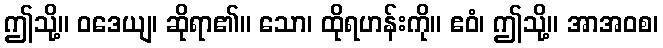
ဤသို့။ ဝဒေယျ၊ ဆိုရာ၏။ သော၊ ထိုရဟန်းကို။ ဧဝံ၊ ဤသို့။ အာအဝစ၊